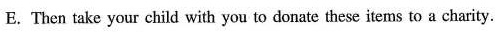
E. Then take your child with you to donate these items to a charity.